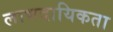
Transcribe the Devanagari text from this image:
लाभदायिकता